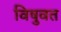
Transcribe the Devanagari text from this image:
विषुवत